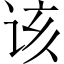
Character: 该